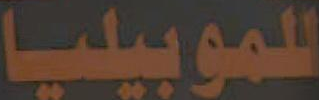
للموبيليا